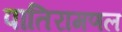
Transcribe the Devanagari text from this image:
पातिरामणल